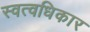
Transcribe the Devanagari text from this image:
स्वत्वधिकार